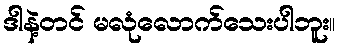
ဒါနဲ့တင် မလုံလောက်သေးပါဘူး။